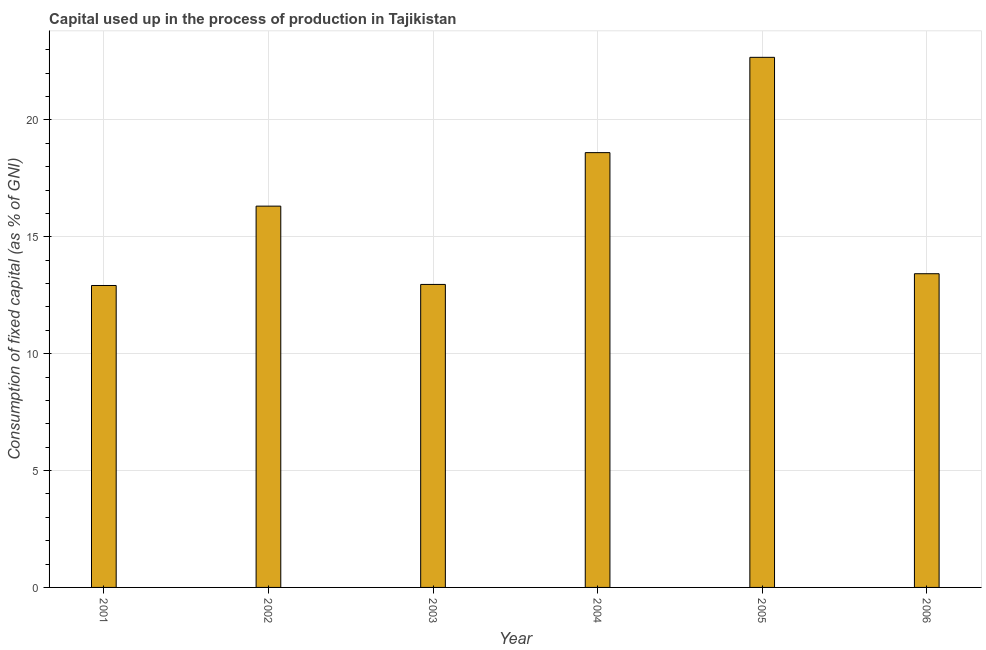
| Year | Consumption of fixed capital |
 | --- | --- |
 | 2001 | 12.9 |
 | 2002 | 16.3 |
 | 2003 | 13 |
 | 2004 | 18.6 |
 | 2005 | 22.7 |
 | 2006 | 13.4 |